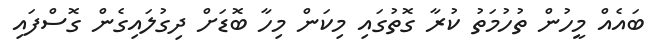
ބައެއް މީހުން ތުހުމަތު ކުރާ ގޮތުގައި މިކަން މިހާ ބޮޑަށް ދިގުލައިގެން ގޮސްފައި